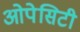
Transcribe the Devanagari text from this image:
ओपेसिटी